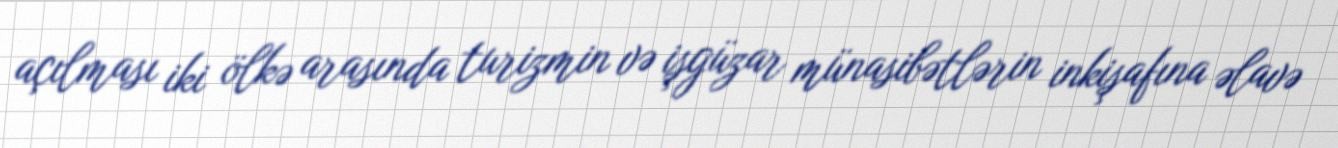
açılması iki ölkə arasında turizmin və işgüzar münasibətlərin inkişafına əlavə